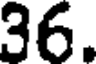
36.